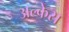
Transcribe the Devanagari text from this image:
अल्केस